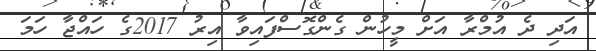
އަދި ދެ އުމްރާ އަށް މީހުން ގެންގޮސްފައިވާ އިރު 2017ގެ ހައްޖާ ހަމަ